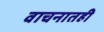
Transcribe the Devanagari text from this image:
वाचनातही